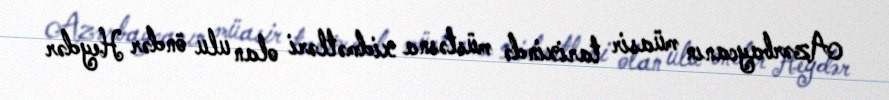
Azərbaycanın müasir tarixində müstəsna xidmətləri olan ulu öndər Heydər